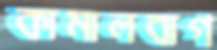
কামালবাগ